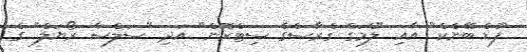
"ފުޑް ބޭންކް" އާއި "ލެމަގް ގްރާސްގެ ސިޓްރޮން" އަދި "ސަލްސާ ރޯޔަލް" ގެ